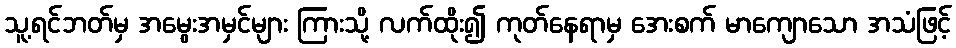
သူ့ရင်ဘတ်မှ အမွေးအမှင်များ ကြားသို့ လက်ထိုး၍ ကုတ်နေရာမှ အေးစက် မာကျောသော အသံဖြင့်